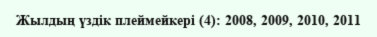
Жылдың үздік плеймейкері (4): 2008, 2009, 2010, 2011